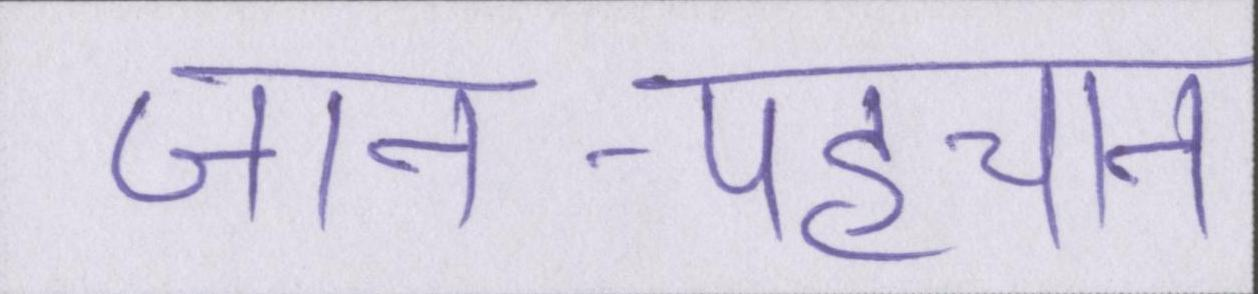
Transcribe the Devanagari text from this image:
जान-पहचान